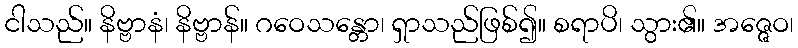
ငါသည်။ နိဗ္ဗာနံ၊ နိဗ္ဗာန်။ ဂဝေသန္တော၊ ရှာသည်ဖြစ်၍။ စရာပိ၊ သွား၏။ အဇ္ဇေဝ၊